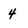
Character: 4